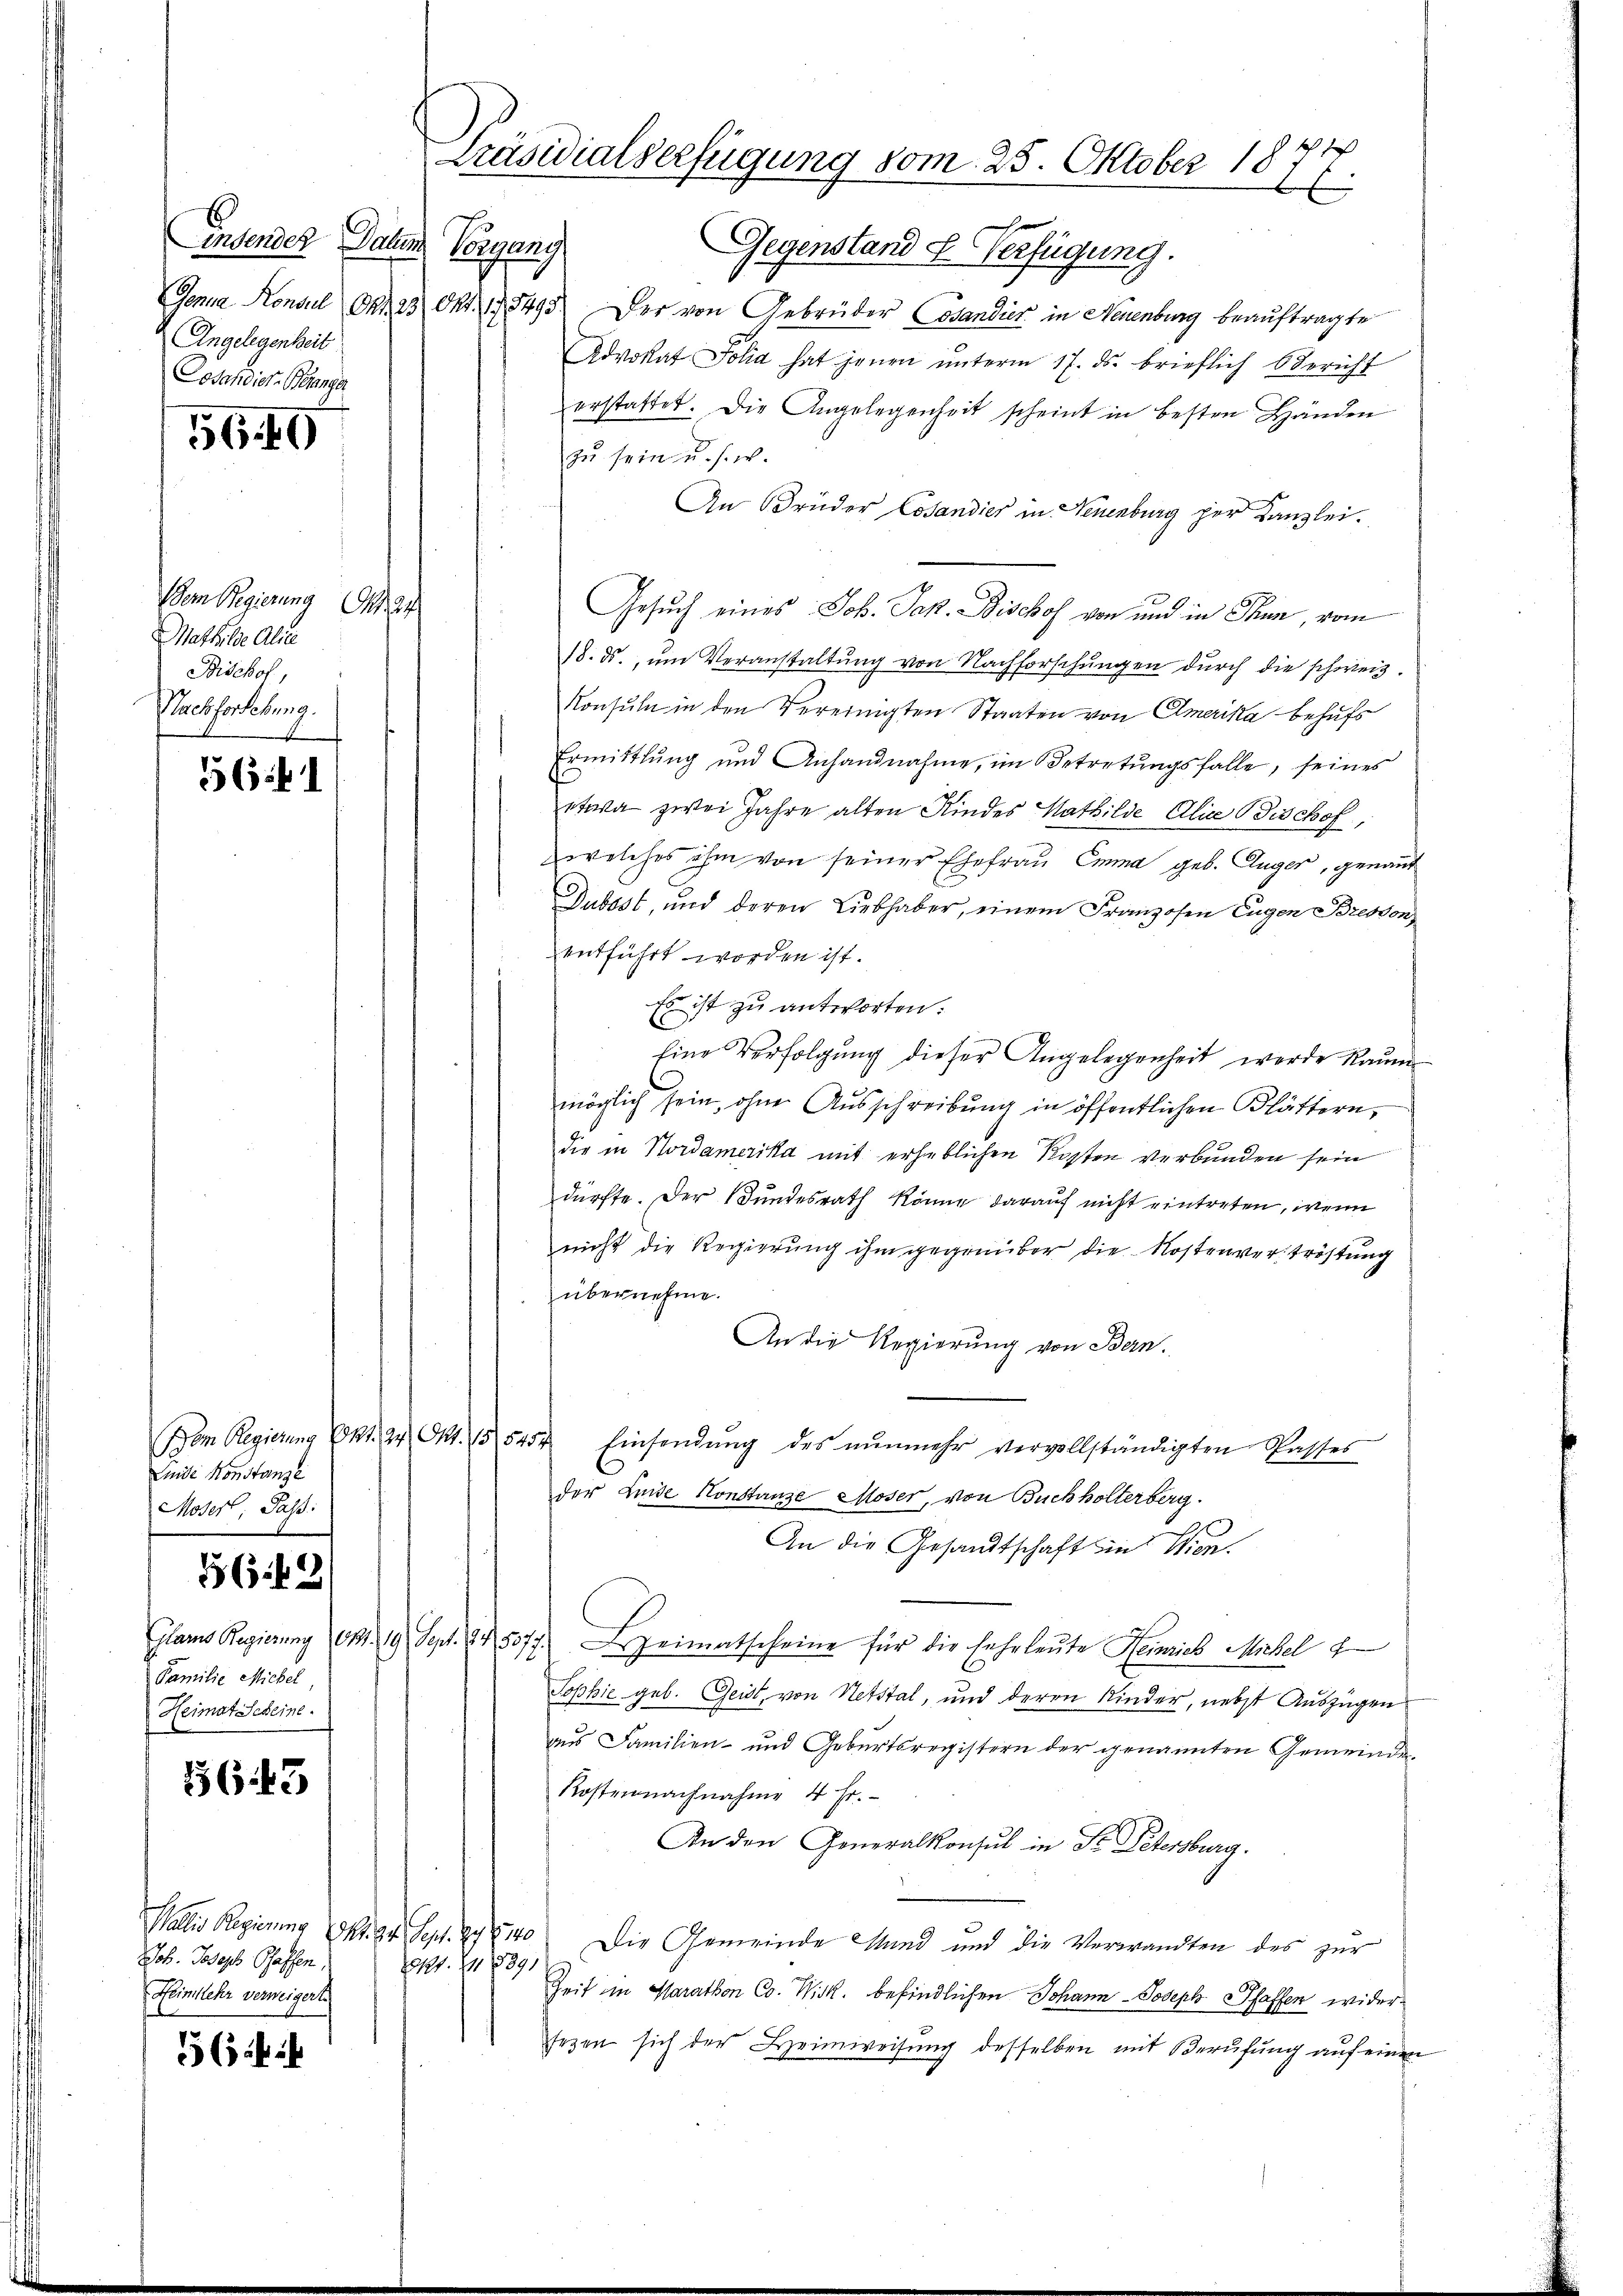
entendes Datum Vorgang
Gonna Konsul Ort. 23 Okt. 178495.
Angelegenheit
Losandier-Banger

56. 49

(dem Regierung
Mathilte Alice
Bischof,
Nachforsebung.

56

Bom Regierung 641. 2. Okt. 15,5454
Linde Konstanze
Moser, Paß:

5663/

Familie Michel
Heimat Scheine

163. 43

Joh. Joseph Pfaffen,
Heimkehr verweigerte

56 f

Präsidialverfügung vom 25. Oktober 18
A
S

Gegenstand F. Verfügung.
Der von Gebrüder Cosandier in Neuenburg beauftragte
Advokat Folia hat jenen ŭnterm 17. ds. brieflich Bericht
erstattet. Die Angelegenheit scheint in besten Händen
zu sein u. s. w.
An Brüder Cosandier in Neuenburg per Kanzlei.
Gesŭch eines Joh. Jak. Bischof von und in Thun, vom
18. ds. ŭm Veranstaltung von Nachforschungen durch die schweiz.
Konsuln in den Vereinigten Staaten von Emerika behufs
Ermittlung und Anhandnahme, im Betretŭngsfalle, seines
etwa zwei Jahre alten Kindes Mathilde Alice Bischof,
welches ihm von seiner Ehefrau Emma geb. Auger, genannt
Dubost, und deren Liebhaber, einem Franzosen Eugen Bresson
entführt worden ist.
Es ist zu antworten.
Eine Verfolgŭng dieser Angelegenheit werde Raŭm
möglich sein, ohne Ausschreibung in öffentlichen Blättern,
die in Nordamerika mit erheblichen Kosten verbunden sein
dürfte. Der Bundesrath könne darauf nicht eintreten, wenn
nicht die Regierung ihm gegenüber die Kostenverströstung
übernehme.
An die Regierung von Bern.
Einsendung des nunmehr vervollständigten Passes
der Leide Konstanze Moser, von Buchholterberg.
An die Gesandtschaft in Wien
Glams Regierung Okt. 19. Sept. 145077.) Heimatscheine für die sehrleute Heinrich Michel f
Sophie geb. Geist, von Netstal, und deren Kinder, nebst Auszügen
aus Familien- und Gebŭrtsregistern der genannten Gemeinde.
Kostennachnahme 4 Fr.
An den Generalkonsul in St. Petersburg.
Wallis Regierung Okt. 94. Sept. 19840. Die Gemeinde Mund und die Verwandten des zur
121. 74. 8891.
Zeit in Marathen Co. Wirk. befindlichen Johann Joseph Pfaffen widersegen sich der Heimweisung desselben mit Berufung auf einen